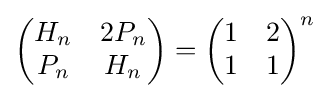
{\begin{pmatrix}H_{n}&2P_{n}\\P_{n}&H_{n}\end{pmatrix}}={\begin{pmatrix}1&2\\1&1\end{pmatrix}}^{n}